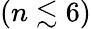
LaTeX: (n\lesssim 6)